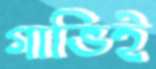
গাভিই